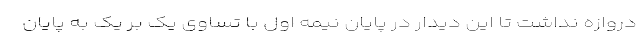
دروازه نداشت تا این دیدار در پایان نیمه اول با تساوی یک بر یک به پایان